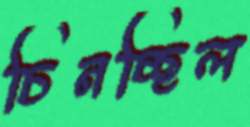
চিনচ্ছিল